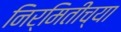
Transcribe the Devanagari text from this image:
निर्मितीच्‍या